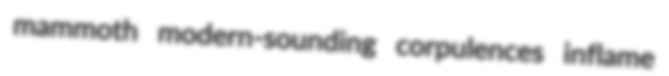
mammoth modern-sounding corpulences inflame